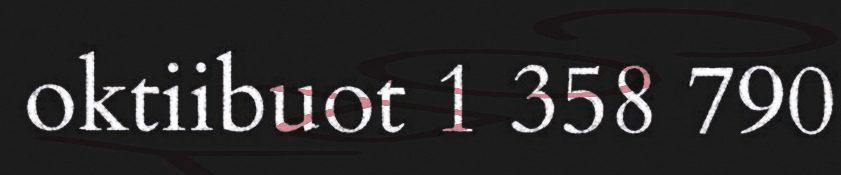
oktiibuot 1 358 790